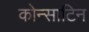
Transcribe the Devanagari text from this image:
कोन्साटिन